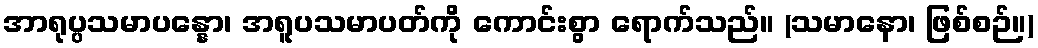
အာရုပ္ပသမာပန္နော၊ အရူပသမာပတ်ကို ကောင်းစွာ ရောက်သည်။ (သမာနော၊ ဖြစ်စဉ်။)